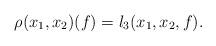
LaTeX: \begin{align*} \rho(x_1, x_2)(f)=l_3(x_1,x_2,f). \end{align*}